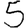
Digit: 5